Mental hospitals Bombay report 1921-28 - 1921-1928
Year: 1921
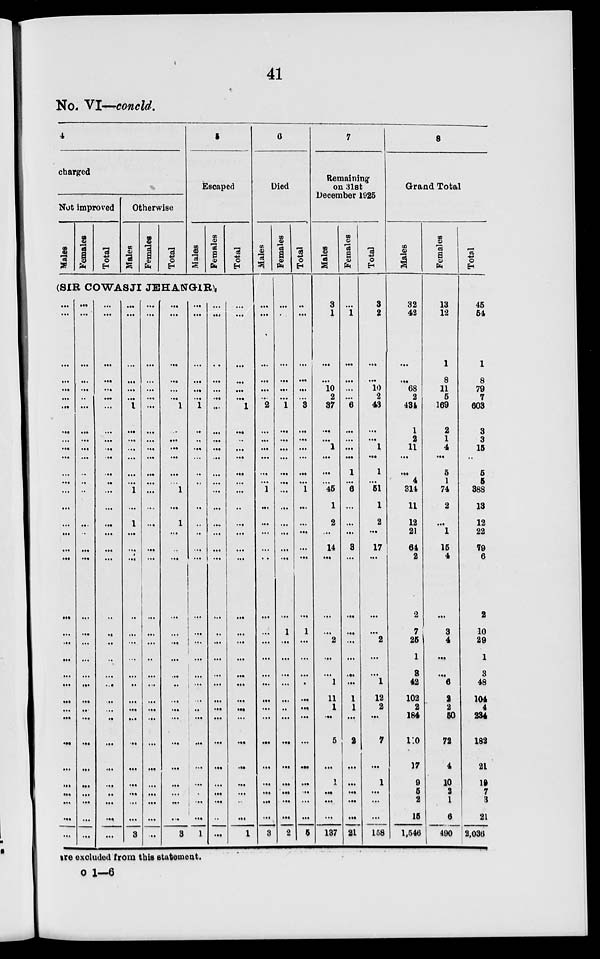
41
No. VI—concld.
4
charged
Not improved
Males
Females
Total
Otherwise
Males
Females
Total
5
Escaped
Males
Females
Total
(SIR COWASJI JEHANGIR).
...
...
...
...
...
...
...
...
...
...
...
...
...
...
...
...
...
...
...
...
...
...
...
...
...
...
...
...
...
...
...
...
...
...
...
...
...
...
...
...
..
...
...
...
...
...
...
...
...
...
...
...
...
...
...
...
...
...
...
...
...
...
...
...
...
...
...
...
...
...
...
...
...
...
...
...
...
...
...
...
...
...
...
...
...
...
...
...
...
...
...
...
...
...
...
...
...
...
...
...
...
...
...
...
...
...
...
...
...
...
...
1
...
...
...
...
...
...
1
...
1
...
...
...
...
...
...
...
...
...
...
...
...
...
...
...
...
...
...
3
...
...
...
...
...
...
...
...
...
...
...
...
...
...
...
...
...
...
...
...
...
...
...
...
...
...
...
...
...
...
...
...
...
...
...
...
...
...
...
...
...
1
...
...
...
...
...
...
1
...
1
...
...
...
...
...
...
...
...
...
...
...
...
...
...
...
...
...
...
3
...
...
...
...
...
...
1
...
...
...
...
...
...
...
...
...
...
...
...
...
...
...
...
...
...
...
...
...
...
...
...
...
...
...
1
...
...
...
...
...
...
...
...
...
...
...
...
...
...
...
...
...
...
...
...
...
...
...
...
...
...
...
...
...
...
...
...
...
...
...
...
...
...
...
...
...
1
...
..
...
...
...
...
...
...
...
...
...
...
...
...
...
...
...
...
...
...
...
...
...
...
...
...
...
1
6
Died
Males
...
...
...
...
...
...
2
...
...
...
...
...
...
1
...
...
...
...
...
...
...
...
...
...
...
...
...
...
...
...
...
...
...
...
3
Females
...
...
...
...
...
...
1
...
...
...
...
...
...
...
...
...
...
...
...
...
1
...
...
...
...
...
..
...
...
...
...
...
...
...
2
Total
...
...
...
...
...
...
3
...
...
...
...
...
...
1
...
...
...
...
...
...
1
...
...
...
...
...
...
...
...
...
...
...
...
...
5
7
Remaining
on 31st
December 1925
Males
3
1
...
...
10
2
37
...
...
1
...
...
...
45
1
2
...
14
...
...
...
2
...
...
1
11
1
...
5
...
1
...
...
...
137
Females
...
1
...
...
...
...
6
...
...
...
...
1
...
6
...
...
...
3
...
...
...
...
...
...
...
1
1
...
2
...
...
...
...
...
21
Total
3
2
...
...
10
2
43
...
...
1
...
1
...
51
1
2
...
17
...
...
...
2
...
...
1
12
2
...
7
...
1
...
...
...
158
8
Grand Total
Males
32
42
...
...
68
2
434
1
2
11
...
...
4
314
11
12
21
64
2
2
7
25
1
3
42
102
2
184
110
17
9
5
2
15
1,546
Females
13
12
1
8
11
5
169
2
1
4
...
5
1
74
2
...
1
15
4
...
3
4
...
...
6
2
2
50
72
4
10
2
1
6
490
Total
45
54
1
8
79
7
603
3
3
15
...
5
5
388
13
12
22
79
6
2
10
29
1
3
48
104
4
234
182
21
19
7
3
21
2,036
are excluded from this statement.
o 1—6